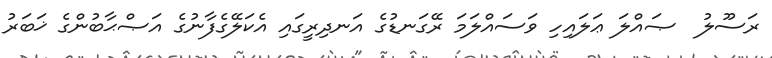
ރަސޫލު  ޞައްލަ ޢަލައިހި ވަސައްލަމަ ރޭގަނޑުގެ އަނދިރީގައި އެކަލޭގެފާނުގެ އަޞްޙާބުންގެ ޚަބަރު